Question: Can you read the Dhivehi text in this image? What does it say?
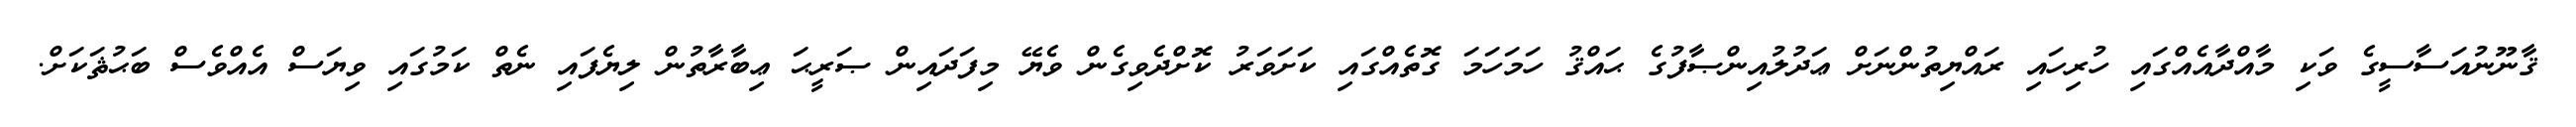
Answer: ޤާނޫނުއަސާސީގެ ވަކި މާއްދާއެއްގައި ހުރިހައި ރައްޔިތުންނަށް ޢަދުލުއިންޞާފުގެ ޙައްޤު ހަމަހަމަ ގޮތެއްގައި ކަށަވަރު ކޮށްދެވިގެން ވެޔޭ މިފަދައިން ޞަރީޙަ ޢިބާރާތުން ލިޔެފައި ނެތް ކަމުގައި ވިޔަސް އެއްވެސް ބަޙުޘަކަށް.